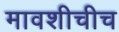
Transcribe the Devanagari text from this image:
मावशीचीच